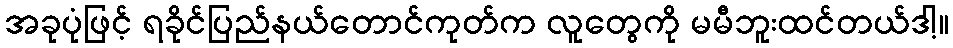
အခုပုံဖြင့် ရခိုင်ပြည်နယ်တောင်ကုတ်က လူတွေကို မမီဘူးထင်တယ်ဒါ့။